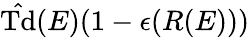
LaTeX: {\hat{\mathrm{Td}}}(E)(1-\epsilon(R(E)))